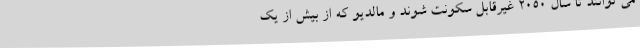
می توانند تا سال 2050 غیرقابل سکونت شوند و مالدیو که از بیش از یک